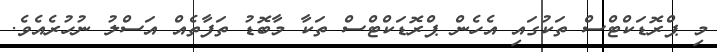
މި ޕްރޮޑަކްޓްސް ތަކުގައި އެހެން ޕްރޮޑަކްޓްސް ތަކާ މާބޮޑު ތަފާތެއް އަސްލު ނުހުރެއެވެ.